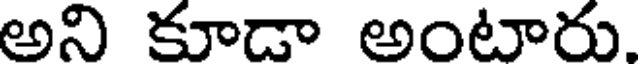
అని కూడా అంటారు.